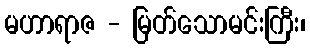
မဟာရာဇ - မြတ်သောမင်းကြီး၊